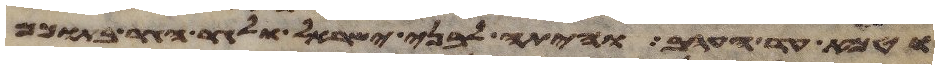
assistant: וטמא עד הערב והיתה לבני ישראל ולגר הגר בתוכם